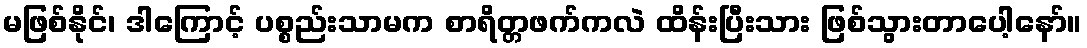
မဖြစ်နိုင်၊ ဒါကြောင့် ပစ္စည်းသာမက စာရိတ္တဖက်ကလဲ ထိန်းပြီးသား ဖြစ်သွားတာပေါ့နော်။